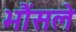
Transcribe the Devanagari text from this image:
भौंसले